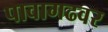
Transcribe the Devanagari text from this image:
पावागढवर